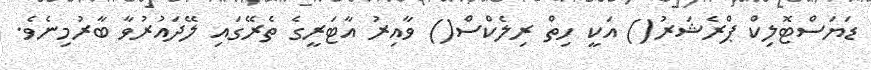
ޑަޔަސްޓޮލިކް ޕްރެޝަރު() އަކީ ހިތް ރިލެކްސް() ވާއިރު އާޓަރީގެ ތެރޭގައި ލޭދައުރުވާ ބާރުމިނެވެ.